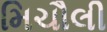
મિચૌલી